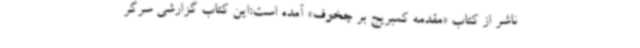
ناشر از کتاب «مقدمه کمبریج بر چخوف» آمده است:این کتاب گزارشی سرگر